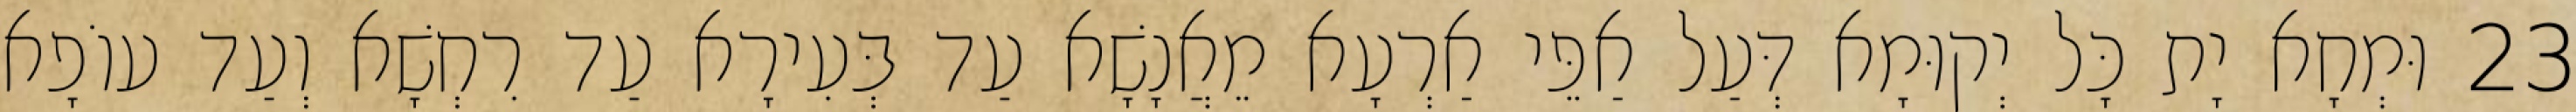
23 וּמְחָא יָת כָּל יְקוּמָא דְּעַל אַפֵּי אַרְעָא מֵאֲנָשָׁא עַד בְּעִירָא עַד רִחְשָׁא וְעַד עוֹפָא